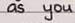
as you